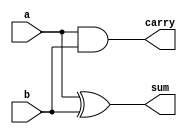

module half_adder_dataflow (
    input a,
    input b,
    output sum,
    output carry
);

    assign sum = a ^ b;
    assign carry = a & b;

endmodule
module tb_half_adder_dataflow;

    reg a, b;
    wire sum, carry;

    half_adder_dataflow HA1 (.a(a), .b(b), .sum(sum), .carry(carry));

    initial begin
        // Test case 1
        a = 1'b0; b = 1'b0;
        #100 
	// Test case 2
        a = 1'b0; b = 1'b1;
        #100
        // Test case 3
        a = 1'b1; b = 1'b0;
        #100
        // Test case 4
        a = 1'b1; b = 1'b1;
        
    end

endmodule